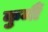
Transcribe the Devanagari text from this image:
कुर्मीै